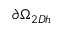
\partial \Omega _ { 2 D h }